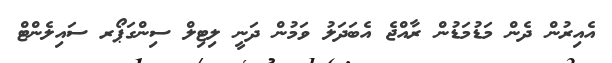
އެއިރުން ދެން މަޑުމަޑުން ރާއްޖެ އެބަދަލު ވަމުން ދަނީ ލިޓިލް ސިންގަޕޯރ ސައިލެންޓް